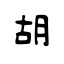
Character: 胡